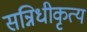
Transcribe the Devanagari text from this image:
सन्निधीकृत्य